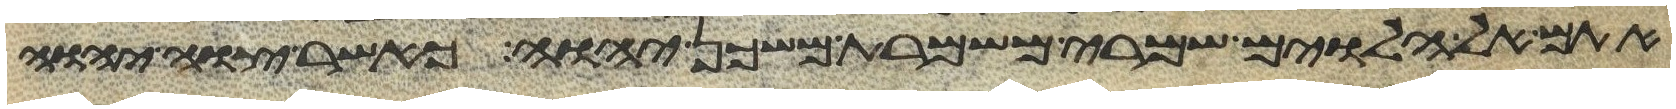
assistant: אתם אל הלוים שמרי משמרת משכן יהוה כאשר צוה יהוה